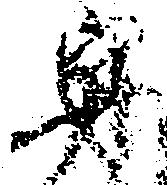
守